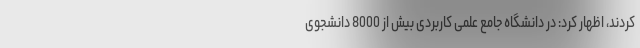
کردند، اظهار کرد: در دانشگاه جامع علمی کاربردی بیش از 8000 دانشجوی